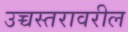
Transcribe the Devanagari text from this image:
उच्चस्तरावरील